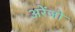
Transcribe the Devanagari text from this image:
अरेंजो